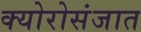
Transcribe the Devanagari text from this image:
क्योरोसंजात